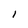
Character: l